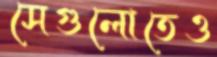
সেগুলোতেও